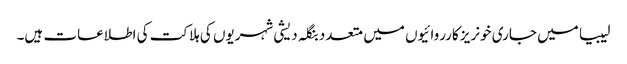
لیبیا میں جاری خونریز کارروائیوں میں متعدد بنگلہ دیشی شہریوں کی ہلاکت کی اطلاعات ہیں۔